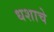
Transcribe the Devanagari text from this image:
धशाचे